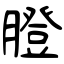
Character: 膯